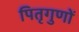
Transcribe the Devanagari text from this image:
पितृगुणों